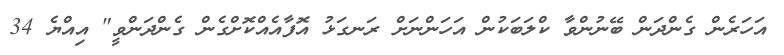
އަހަރެން ގެންދަން ބޭނުންވާ ކްލަބަކުން އަހަންނަށް ރަނގަޅު އޮފާއެއްކޮށްގެން ގެންދަންވީ" އިއްޔެ 34